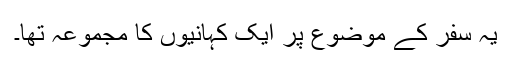
یہ سفر کے موضوع پر ایک کہانیوں کا مجموعہ تھا۔